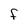
Character: F